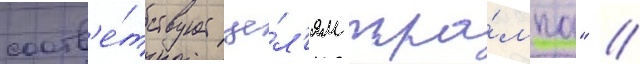
соотв'е́тствует це́л'ям тра́мпа" //